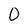
Character: 0